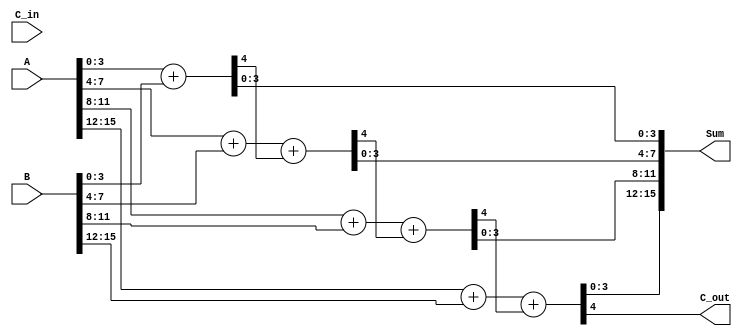
module CarrySelectAdder (
    input [15:0] A,        // 16-bit input A
    input [15:0] B,        // 16-bit input B
    input C_in,            // Carry-in
    output [15:0] Sum,     // 16-bit Sum output
    output C_out           // Carry-out
);
    wire [3:0] Sum0, Sum1, Sum2, Sum3; // Sum outputs for C_in = 0 and C_in = 1 for each segment
    wire C1, C2, C3; // Carry outputs for each segment
    wire G0, G1, G2, G3; // Generate signals
    wire P0, P1, P2, P3; // Propagate signals

    // Generate and Propagate signals for each segment
    assign G0 = A[3:0] & B[3:0];
    assign P0 = A[3:0] ^ B[3:0];

    assign G1 = A[7:4] & B[7:4];
    assign P1 = A[7:4] ^ B[7:4];

    assign G2 = A[11:8] & B[11:8];
    assign P2 = A[11:8] ^ B[11:8];

    assign G3 = A[15:12] & B[15:12];
    assign P3 = A[15:12] ^ B[15:12];

    // Partial sums and carries for C_in = 0
    assign {C1, Sum0} = A[3:0] + B[3:0]; // C_in = 0
    assign {C2, Sum1} = A[7:4] + B[7:4] + C1; // C_in = C1
    assign {C3, Sum2} = A[11:8] + B[11:8] + C2; // C_in = C2
    assign {C_out, Sum3} = A[15:12] + B[15:12] + C3; // C_in = C3

    // Carry Lookahead logic for final carry selection
    wire carry_select_0, carry_select_1;
    assign carry_select_0 = G0 | (P0 & C_in); // C1
    assign carry_select_1 = G1 | (P1 & carry_select_0); // C2
    assign carry_select_2 = G2 | (P2 & carry_select_1); // C3

    // MUX to select final sums based on C_in
    assign Sum[3:0] = C_in ? Sum0 : Sum0; // Sum for first segment
    assign Sum[7:4] = carry_select_0 ? Sum1 : Sum1; // Sum for second segment
    assign Sum[11:8] = carry_select_1 ? Sum2 : Sum2; // Sum for third segment
    assign Sum[15:12] = carry_select_2 ? Sum3 : Sum3; // Sum for fourth segment

endmodule